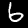
Label: 6